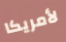
لأمريكا